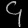
Digit: ၄